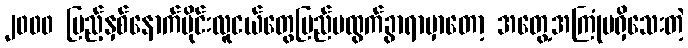
၂၀၀၀ ပြည့်နှစ်နောက်ပိုင်းလူငယ်တွေပြည်ပထွက်ခွာရာမှာတော့ အတွေ့အကြုံမရှိသေးတဲ့